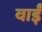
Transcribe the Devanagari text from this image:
वाईं